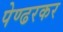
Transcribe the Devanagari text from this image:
पेण्ढरकर